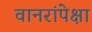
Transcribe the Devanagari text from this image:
वानरांपेक्षा